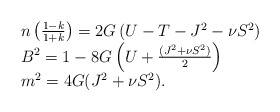
\begin{align*}\begin{array}{ll}n\left(\frac{1-k}{1+k}\right) = 2G\left( U - T - J^2 - \nu S^2\right)\\B^2= 1-8G\left(U + \frac{(J^2 + \nu S^2)}{2}\right)\\m^2= 4G(J^2 + \nu S^2).\end{array}\end{align*}